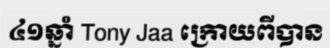
៤១ឆ្នាំ Tony Jaa ក្រោយពីបាន